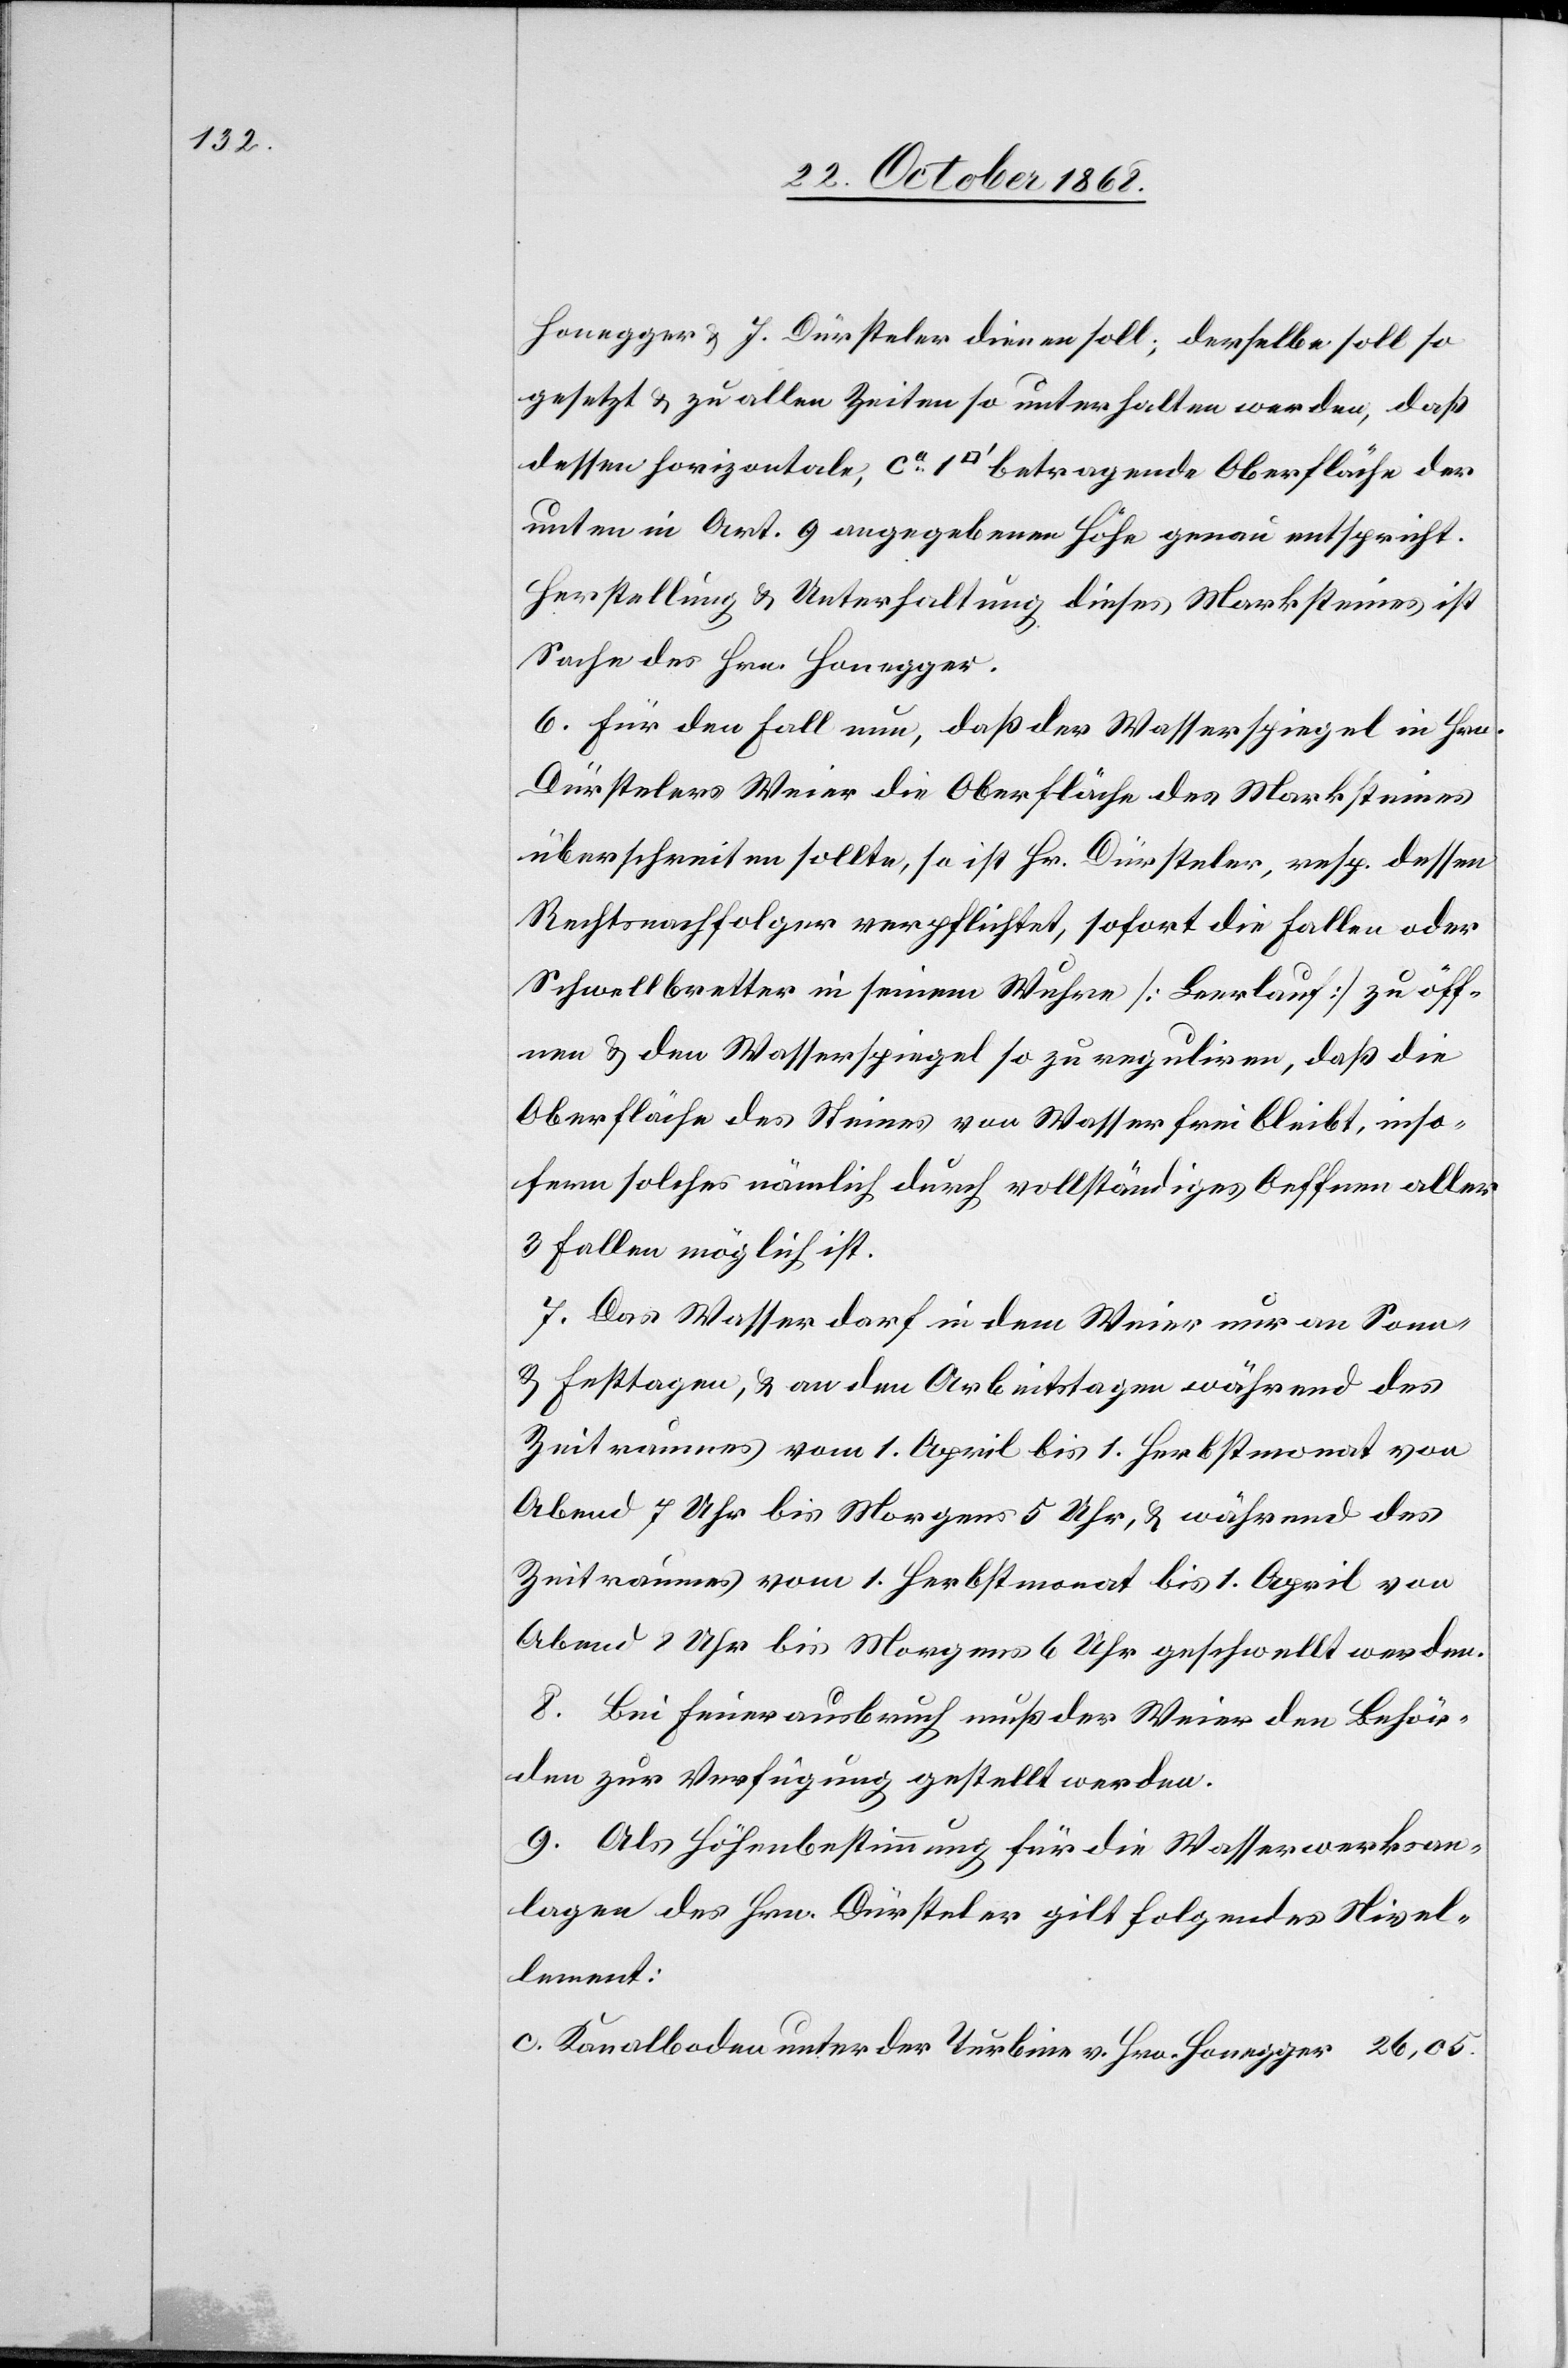
Honegger & J. Dürsteler dienen soll; derselbe soll so
gesetzt & zu allen Zeiten so unterhalten werden, daß
dessen horizontale, ca 1 [Quadratfuß] betragende Oberfläche der
unten in Art. 9 angegebenen Höhe genau entspricht.
Herstellung & Unterhaltung dieses Marksteines ist
Sache des Hrn. Honegger.
6. Für den Fall nun, daß der Wasserspiegel in Hrn.
Dürstelers Weier die Oberfläche des Marksteines
überschreiten sollte, so ist Hr. Dürsteler, resp. dessen
Rechtsnachfolger verpflichtet, sofort die Fallen oder
Schwellbretter in seinem Wuhre [Leerlauf] zu öff¬
nen & den Wasserspiegel so zu reguliren, daß die
Oberfläche des Steines von Wasser frei bleibt, inso¬
fern solches nämlich durch vollständiges Oeffnen aller
3 Fallen möglich ist.
7. Das Wasser darf in dem Weier nur an Sonn-
& Festtagen, & an den Arbeitstagen während des
Zeitraumes vom 1. April bis 1. Herbstmonat von
Abend 7 Uhr bis Morgens 5 Uhr, & während des
Zeitraumes vom 1. Herbstmonat bis 1. April von
Abend 8 Uhr bis Morgens 6 Uhr geschwellt werden.
8. Bei Feuerausbruch muß der Weier den Behör¬
den zur Verfügung gestellt werden.
9. Als Höhenbestimmung für die Wasserwerksan¬
lagen des Hrn. Dürsteler gilt folgendes Nivel¬
lement:
Kanalboden unter der Turbine v. Hrn. Honegger